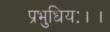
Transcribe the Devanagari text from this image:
प्रभुधियः।।